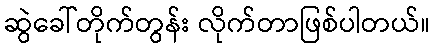
ဆွဲခေါ်တိုက်တွန်း လိုက်တာဖြစ်ပါတယ်။